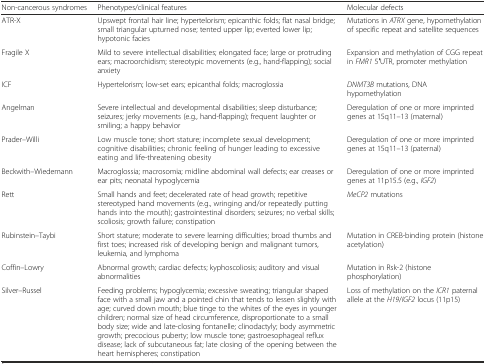
| Non-cancerous syndromes | Phenotypes/clinical features | Molecular defects |
 | --- | --- | --- |
 | ATR-X | Upswept frontal hair line; hypertelorism; epicanthic folds; flat nasal bridge; small triangular upturned nose; tented upper lip; everted lower lip; hypotonic facies | Mutations in ATRX gene, hypomethylation of specific repeat and satellite sequences |
 | Fragile X | Mild to severe intellectual disabilities; elongated face; large or protruding ears; macroorchidism; stereotypic movements (e.g., hand-flapping); social anxiety | Expansion and methylation of CGG repeat in FMR1 5′UTR, promoter methylation |
 | ICF | Hypertelorism; low-set ears; epicanthal folds; macroglossia | DNMT3B mutations, DNA hypomethylation |
 | Angelman | Severe intellectual and developmental disabilities; sleep disturbance; seizures; jerky movements (e.g., hand-flapping); frequent laughter or smiling; a happy behavior | Deregulation of one or more imprinted genes at 15q11–13 (maternal) |
 | Prader–Willi | Low muscle tone; short stature; incomplete sexual development; cognitive disabilities; chronic feeling of hunger leading to excessive eating and life-threatening obesity | Deregulation of one or more imprinted genes at 15q11–13 (paternal) |
 | Beckwith–Wiedemann | Macroglossia; macrosomia; midline abdominal wall defects; ear creases or ear pits; neonatal hypoglycemia | Deregulation of one or more imprinted genes at 11p15.5 (e.g., IGF2) |
 | Rett | Small hands and feet; decelerated rate of head growth; repetitive stereotyped hand movements (e.g., wringing and/or repeatedly putting hands into the mouth); gastrointestinal disorders; seizures; no verbal skills; scoliosis; growth failure; constipation | MeCP2 mutations |
 | Rubinstein–Taybi | Short stature; moderate to severe learning difficulties; broad thumbs and first toes; increased risk of developing benign and malignant tumors, leukemia, and lymphoma | Mutation in CREB-binding protein (histone acetylation) |
 | Coffin–Lowry | Abnormal growth; cardiac defects; kyphoscoliosis; auditory and visual abnormalities | Mutation in Rsk-2 (histone phosphorylation) |
 | Silver–Russel | Feeding problems; hypoglycemia; excessive sweating; triangular shaped face with a small jaw and a pointed chin that tends to lessen slightly with age; curved down mouth; blue tinge to the whites of the eyes in younger children; normal size of head circumference, disproportionate to a small body size; wide and late-closing fontanelle; clinodactyly; body asymmetric growth; precocious puberty; low muscle tone; gastroesophageal reflux disease; lack of subcutaneous fat; late closing of the opening between the heart hemispheres; constipation | Loss of methylation on the ICR1 paternal allele at the H19/IGF2 locus (11p15) |